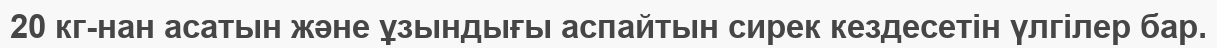
20 кг-нан асатын және ұзындығы аспайтын сирек кездесетін үлгілер бар.